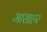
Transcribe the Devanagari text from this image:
मासाहर